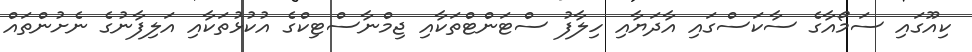
ކިއޫގައި ސަމޯއާގެ ސާކަސްގައި އާދަޔާއި ހިލާފު ސްޓަންޓްތަކާއި ޖިމްނާސްޓިކްގެ އުކުޅުތަކާއި އަލިފާނުގެ ނެށުންތައް